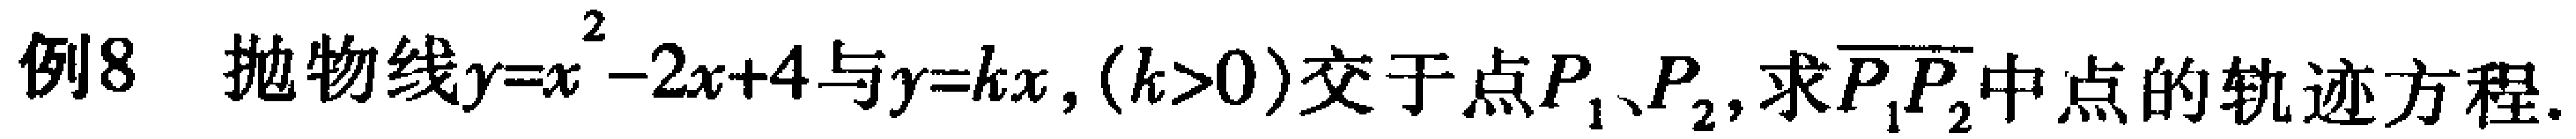
例8 抛物线\(y = x^{2}-2x + 4\)与\(y = kx,(k>0)\)交于点\(P_{1}\)、\(P_{2}\)，求\(\overline{P_{1}P_{2}}\)中点的轨迹方程.